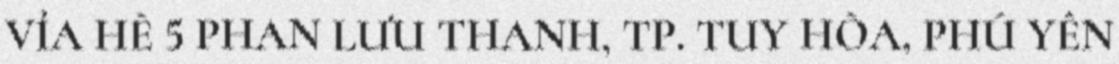
VỈA HÈ 5 PHAN LƯU THANH, TP. TUY HÒA, PHÚ YÊN